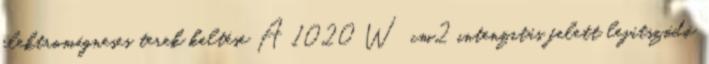
elektromágneses terek keltése A 1020 W cm2 intenzitás felett lejátszódó